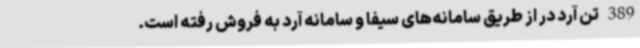
389 تن آرد در از طریق سامانه‌های سیفا و سامانه آرد به فروش رفته است.